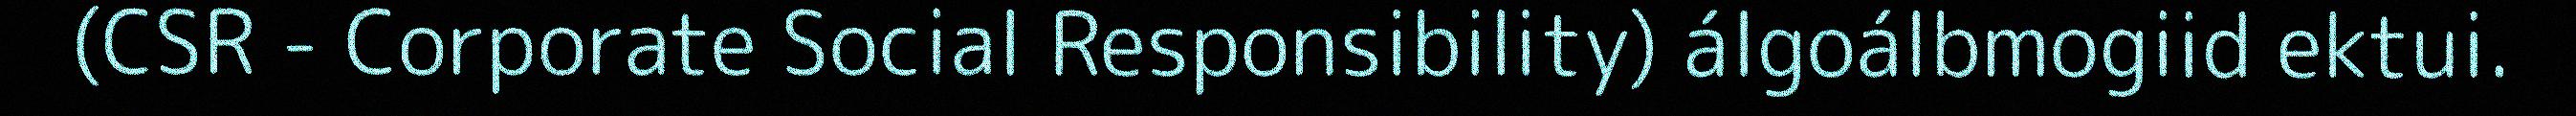
(CSR - Corporate Social Responsibility) álgoálbmogiid ektui.